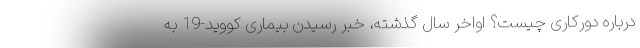
درباره دورکاری چیست؟ اواخر سال گذشته، خبر رسیدن بیماری کووید-19 به